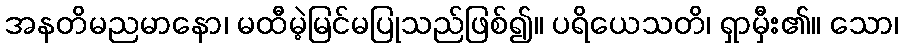
အနတိမညမာနော၊ မထီမဲ့မြင်မပြုသည်ဖြစ်၍။ ပရိယေသတိ၊ ရှာမှီး၏။ သော၊